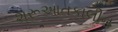
શરૂઆતકાલીન